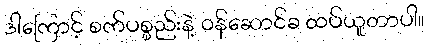
ဒါကြောင့် စက်ပစ္စည်းနဲ့ ဝန်ဆောင်ခ ထပ်ယူတာပါ။